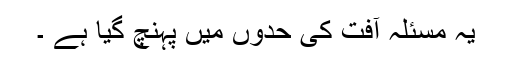
یہ مسئلہ آفت کی حدوں میں پہنچ گیا ہے ۔